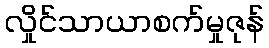
လှိုင်သာယာစက်မှုဇုန်